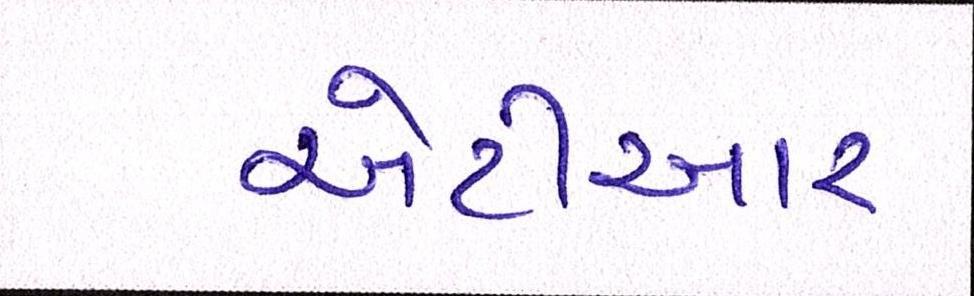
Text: એટીઆર